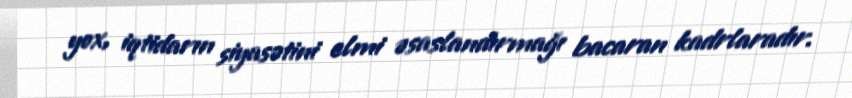
yox, iqtidarın siyasətini elmi əsaslandırmağı bacaran kadrlaradır.